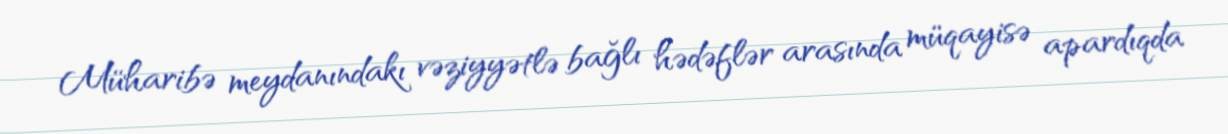
Müharibə meydanındakı vəziyyətlə bağlı hədəflər arasında müqayisə apardıqda